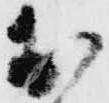
お